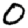
Digit: 0